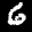
Label: 6